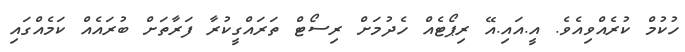
ހުކުމް ކުރެއްވިއެވެ. އީ.އައި.އޭ ރިޕޯޓެއް ހެދުމަށް ރިސޯޓް ތަރައްގީކުރާ ފަރާތަށް ބުރައެއް ކަމެއްގައި